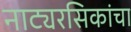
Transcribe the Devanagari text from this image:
नाट्यरसिकांचा